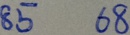
8 5 6 8